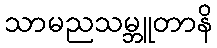
သာမညသမ္ဘူတာနိ